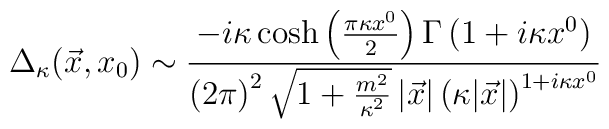
\Delta_{\kappa}(\vec{x},x_{0}) \sim{-i\kappa \cosh \left( {\pi \kappa x^{0} \over 2}\right) \Gamma  \left( 1 + i \kappa x^{0}\right) \over\left(2\pi\right)^{2} \sqrt{1 + {m^{2}\over \kappa^{2}} }\,|\vec{x}| \left( \kappa | \vec{x}|\right)^{1+ i \kappa x^{0} } }